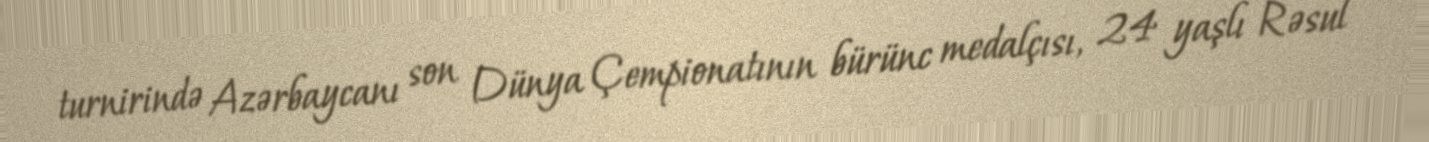
turnirində Azərbaycanı son Dünya Çempionatının bürünc medalçısı, 24 yaşlı Rəsul